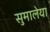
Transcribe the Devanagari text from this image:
सुमालेया